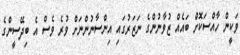
ވަކީން ހާއްސަކޮށް ބައެއް ޒުވާނުންގެ ނަޒަރުގައި އިންސާނުންނަށް ވުރެ ވެސް އެ ބިދޭސީންގެ